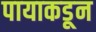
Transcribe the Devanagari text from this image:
पायाकडून